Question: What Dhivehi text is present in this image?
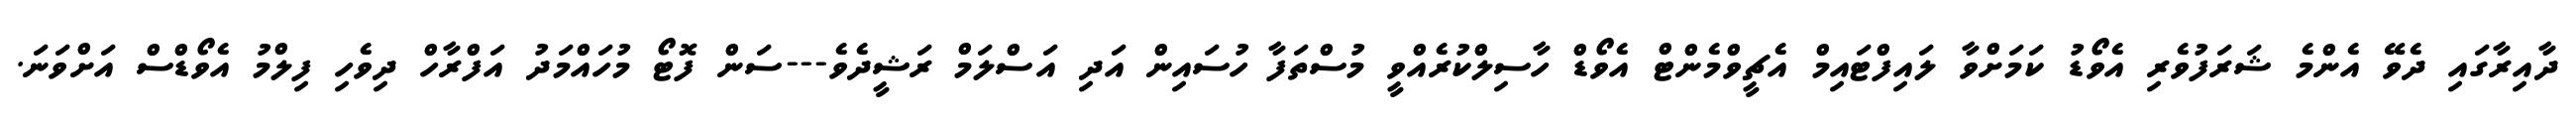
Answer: ދާއިރާގައި ދެވޭ އެންމެ ޝަރަފުވެރި އެވޯޑު ކަމަށްވާ ލައިފްޓައިމް އެޗީވްމެންޓް އެވޯޑް ހާސިލްކުރެއްވީ މުސްތަފާ ހުސައިން އަދި އަސްލަމް ރަޝީދެވެ---ސަން ފޮޓޯ މުހައްމަދު އަފްރާހް ދިވެހި ފިލްމު އެވޯޑްސް އަށްވަނަ.